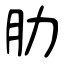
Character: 肋